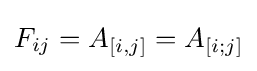
F_{ij}=A_{[i,j]}=A_{[i;j]}